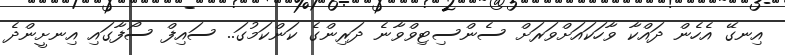
އިނގޭ އެހެން ދައްކާ ވާހަކައަށްވަރަށް ސެންސިޓިވްވާނެ ދަރިންގެ ކަންކަމުގަ.. ސައިފް ސޯފާގައި އިނށީންދެ